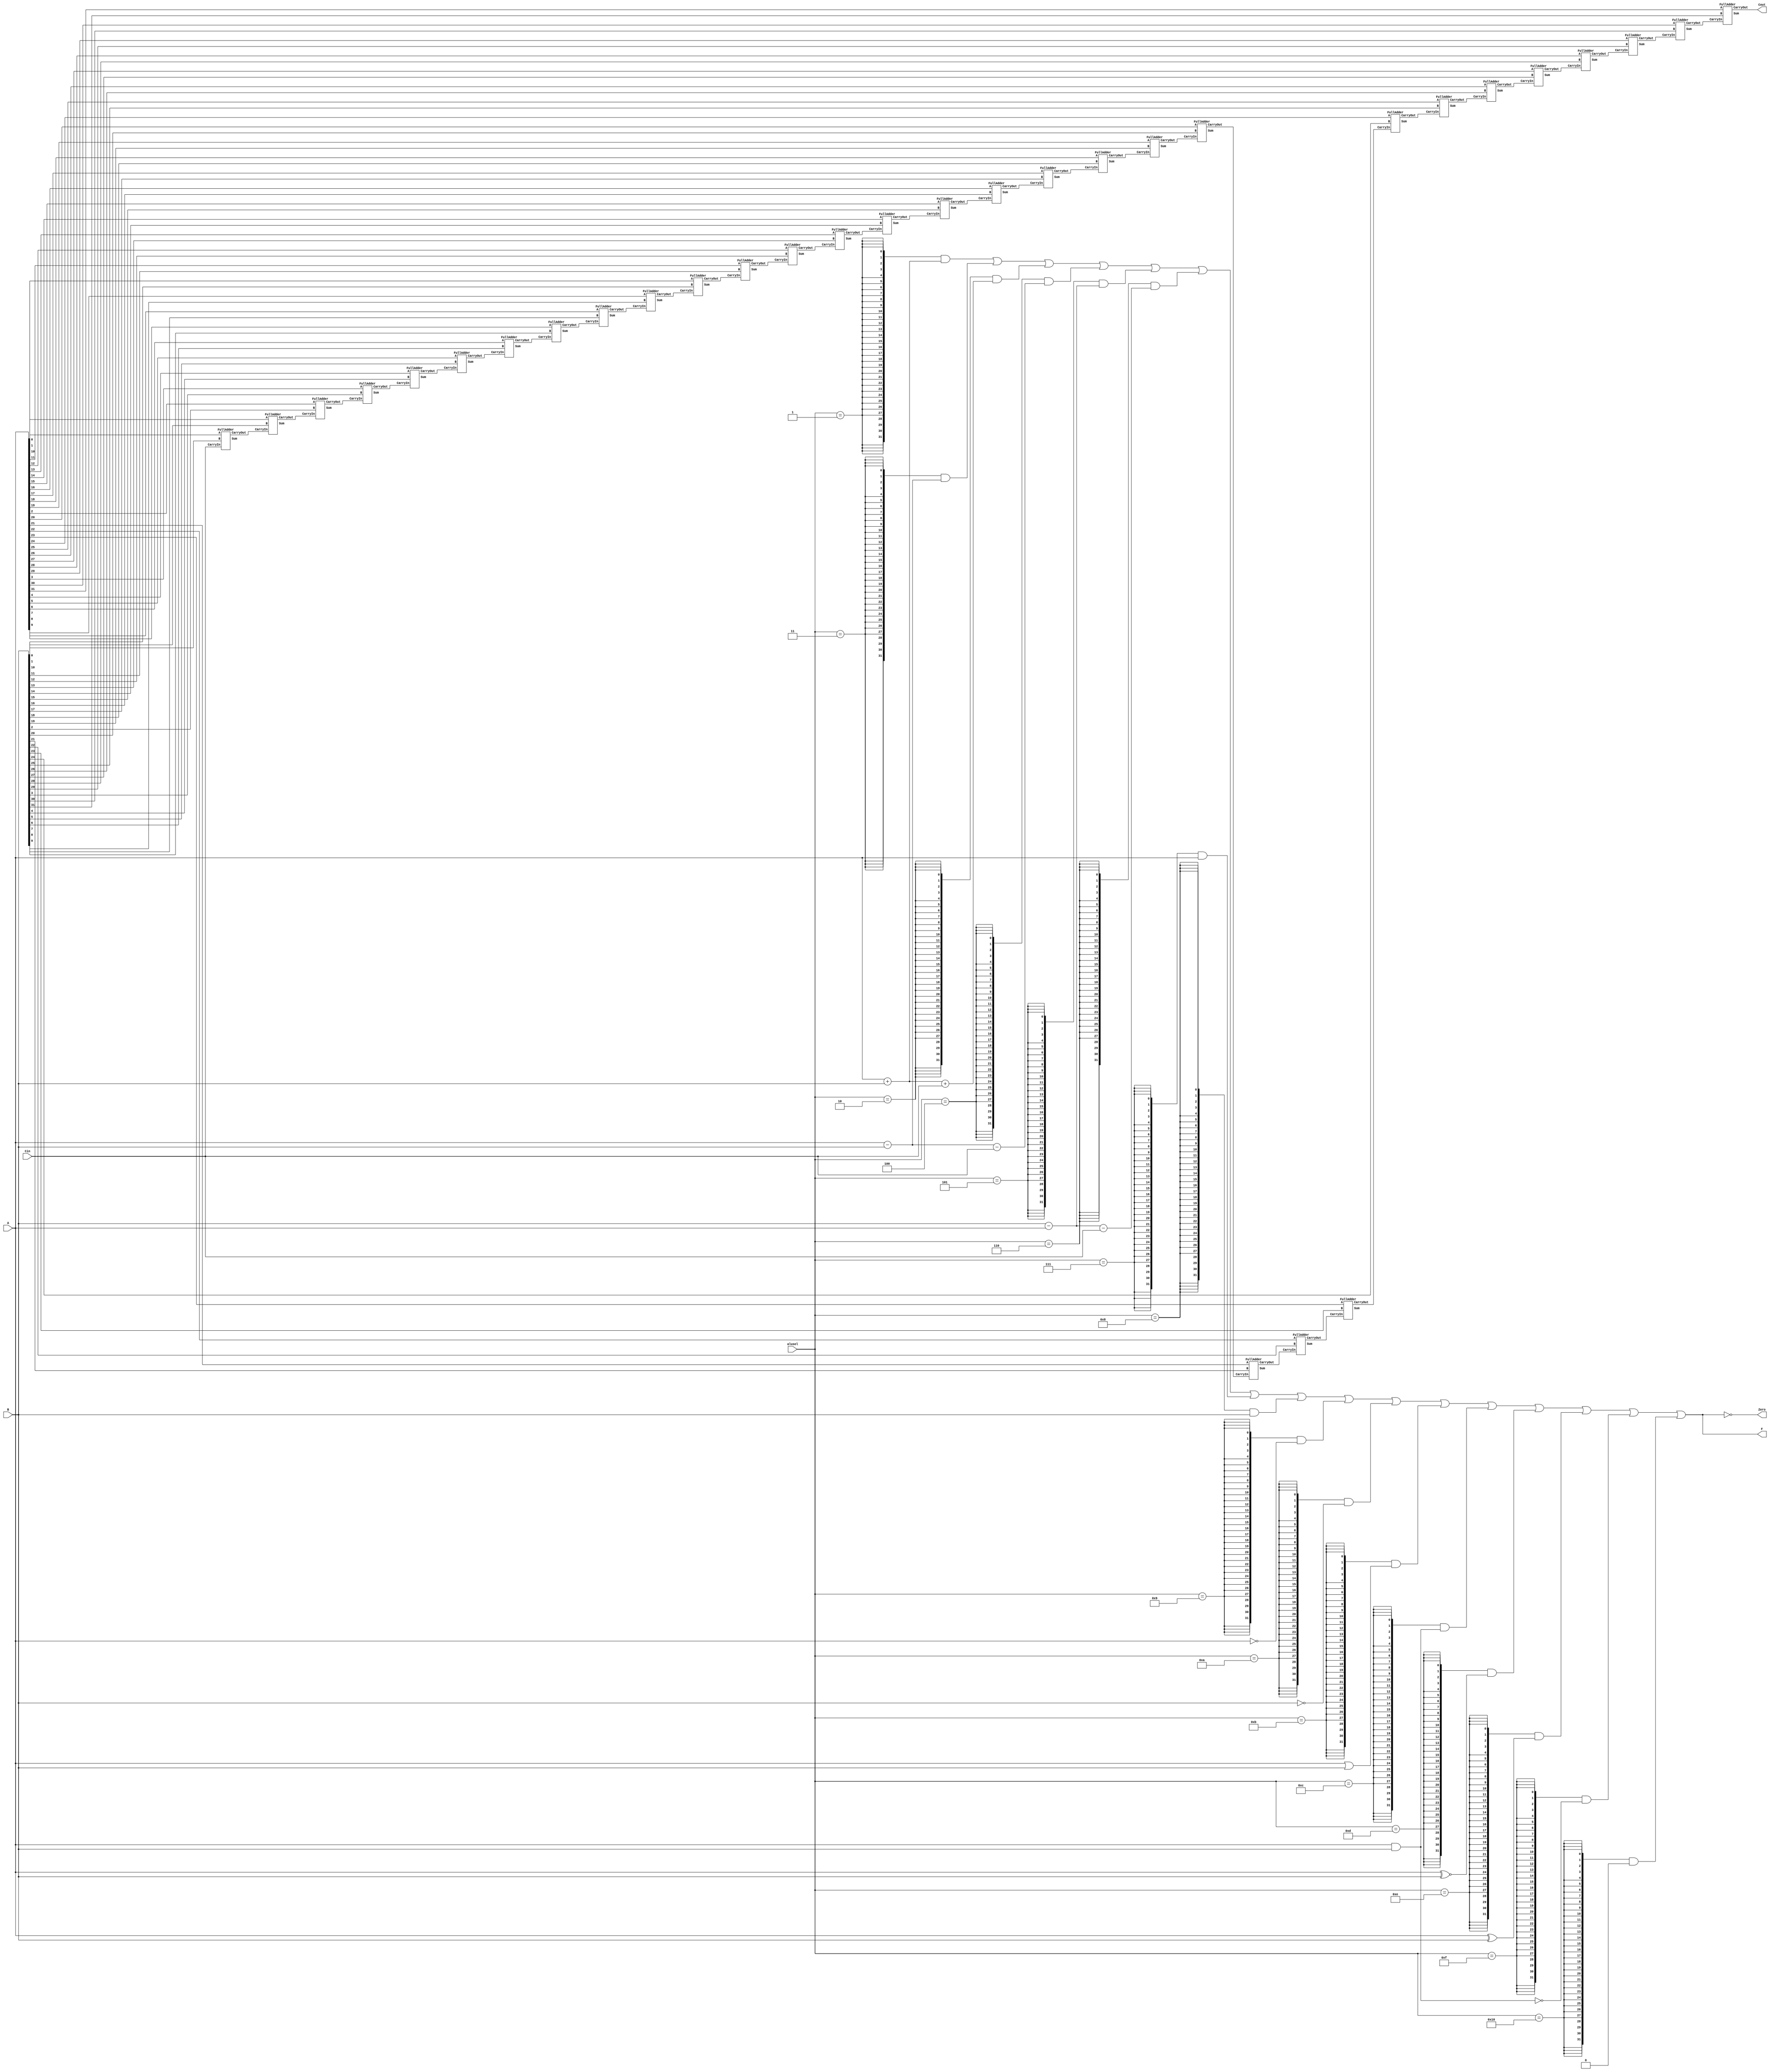
`define ADD 5'b00001
`define ADD_CIN 5'b00010
`define SUB 5'b00011
`define SUB_CIN 5'b00100
`define SUB_N 5'b00101
`define SUB_N_CIN 5'b00110
`define A 5'b00111
`define B 5'b01000
`define NOT_A 5'b01001
`define NOT_B 5'b01010
`define A_OR_B 5'b01011
`define A_AND_B 5'b01100
`define A_SAME_B 5'b01101
`define A_NOTS_B 5'b01110
`define NOT_A_AND_B 5'b01111
`define ZERO 5'b10000

module alu (
input [31:0] A ,
input [31:0] B ,
input Cin ,
input [4 :0] alusel,
output [31:0] F ,
output Cout,
output Zero
);
wire [31:0] add_result;
wire [31:0] add_cin_result;
wire [31:0] sub_result;
wire [31:0] sub_cin_result;
wire [31:0] sub_n_result;
wire [31:0] sub_n_cin_result;
wire [31:0] a_result;
wire [31:0] b_result;
wire [31:0] not_a_result;
wire [31:0] not_b_result;
wire [31:0] a_or_b_result;
wire [31:0] a_and_b_result;
wire [31:0] a_same_b_result;
wire [31:0] a_nots_b_result;
wire [31:0] not_a_and_b_result;
wire [31:0] zero_result;

assign add_result = A + B;
assign add_cin_result = A + B + Cin;
assign sub_result = A - B;
assign sub_cin_result = A - B - Cin;
assign sub_n_result = B - A;
assign sub_n_cin_result = B - A - Cin;
assign a_result = A;
assign b_result = B;
assign not_a_result = ~A;
assign not_b_result = ~B;
assign a_or_b_result = A | B;
assign a_and_b_result = A & B;
assign a_same_b_result = A ^~ B;
assign a_nots_b_result = A ^ B;
assign not_a_and_b_result = ~ (A & B);
assign zero_result = 32'd0;

assign F = ({32{alusel == `ADD}} & add_result) |  
          ({32{alusel == `SUB}} & sub_result) |
          ({32{alusel == `ADD_CIN}} & add_cin_result) | 
          ({32{alusel == `SUB_CIN}} & sub_cin_result) |
          ({32{alusel == `SUB_N}} & sub_n_result) |
          ({32{alusel == `SUB_N_CIN}} & sub_n_cin_result) | 
          ({32{alusel == `A}} & a_result) |
          ({32{alusel == `B}} & b_result) |
          ({32{alusel == `NOT_A}} & not_a_result) |
          ({32{alusel == `NOT_B}} & not_b_result) |  
          ({32{alusel == `A_OR_B}} & a_or_b_result) |
          ({32{alusel == `A_AND_B}} & a_and_b_result) |
          ({32{alusel == `A_SAME_B}} & a_same_b_result) |
          ({32{alusel == `A_NOTS_B}} & a_nots_b_result) |
          ({32{alusel == `NOT_A_AND_B}} & not_a_and_b_result) |
          ({32{alusel == `ZERO}} & zero_result);
          
wire [31:0] S;
wire [30:0]C;

FullAdder FA0 (A[0],B[0],Cin,S[0],C[0]);
FullAdder FA1 (A[1],B[1],C[0],S[1],C[1]);
FullAdder FA2 (A[2],B[2],C[1],S[2],C[2]);
FullAdder FA3 (A[3],B[3],C[2],S[3],C[3]);
FullAdder FA4 (A[4],B[4],C[3],S[4],C[4]);
FullAdder FA5 (A[5],B[5],C[4],S[5],C[5]);
FullAdder FA6 (A[6],B[6],C[5],S[6],C[6]);
FullAdder FA7 (A[7],B[7],C[6],S[7],C[7]);
FullAdder FA8 (A[8],B[8],C[7],S[8],C[8]);
FullAdder FA9 (A[9],B[9],C[8],S[9],C[9]);
FullAdder FA10 (A[10],B[10],C[9],S[10],C[10]);
FullAdder FA11 (A[11],B[11],C[10],S[11],C[11]);
FullAdder FA12 (A[12],B[12],C[11],S[12],C[12]);
FullAdder FA13 (A[13],B[13],C[12],S[13],C[13]);
FullAdder FA14 (A[14],B[14],C[13],S[14],C[14]);
FullAdder FA15 (A[15],B[15],C[14],S[15],C[15]);
FullAdder FA16 (A[16],B[16],C[15],S[16],C[16]);
FullAdder FA17 (A[17],B[17],C[16],S[17],C[17]);
FullAdder FA18 (A[18],B[18],C[17],S[18],C[18]);
FullAdder FA19 (A[19],B[19],C[18],S[19],C[19]);
FullAdder FA20 (A[20],B[20],C[19],S[20],C[20]);
FullAdder FA21 (A[21],B[21],C[20],S[21],C[21]);
FullAdder FA22 (A[22],B[22],C[21],S[22],C[22]);
FullAdder FA23 (A[23],B[23],C[22],S[23],C[23]);
FullAdder FA24 (A[24],B[24],C[23],S[24],C[24]);
FullAdder FA25 (A[25],B[25],C[24],S[25],C[25]);
FullAdder FA26 (A[26],B[26],C[25],S[26],C[26]);
FullAdder FA27 (A[27],B[27],C[26],S[27],C[27]);
FullAdder FA28 (A[28],B[28],C[27],S[28],C[28]);
FullAdder FA29 (A[29],B[29],C[28],S[29],C[29]);
FullAdder FA30 (A[30],B[30],C[29],S[30],C[30]);
FullAdder FA31 (A[31],B[31],C[30],S[31],Cout);

assign Zero = (F == 32'b0);
endmodule

module FullAdder(A,B,CarryIn,Sum,CarryOut);
	input wire A;
	input wire B;
	input wire CarryIn;
	output wire Sum;
	output wire CarryOut;
	assign Sum=A^B^CarryIn;
	assign CarryOut=(A&B)|(A&CarryIn)|(B&CarryIn);
endmodule